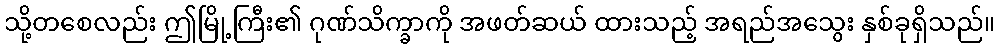
သို့တစေလည်း ဤမြို့ကြီး၏ ဂုဏ်သိက္ခာကို အဖတ်ဆယ် ထားသည့် အရည်အသွေး နှစ်ခုရှိသည်။